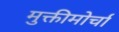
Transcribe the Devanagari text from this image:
मुक्तीमोर्चा